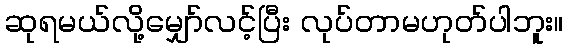
ဆုရမယ်လို့မျှော်လင့်ပြီး လုပ်တာမဟုတ်ပါဘူး။